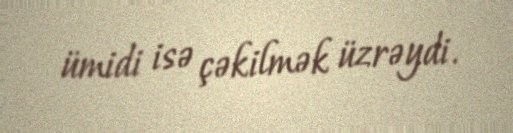
ümidi isə çəkilmək üzrəydi.